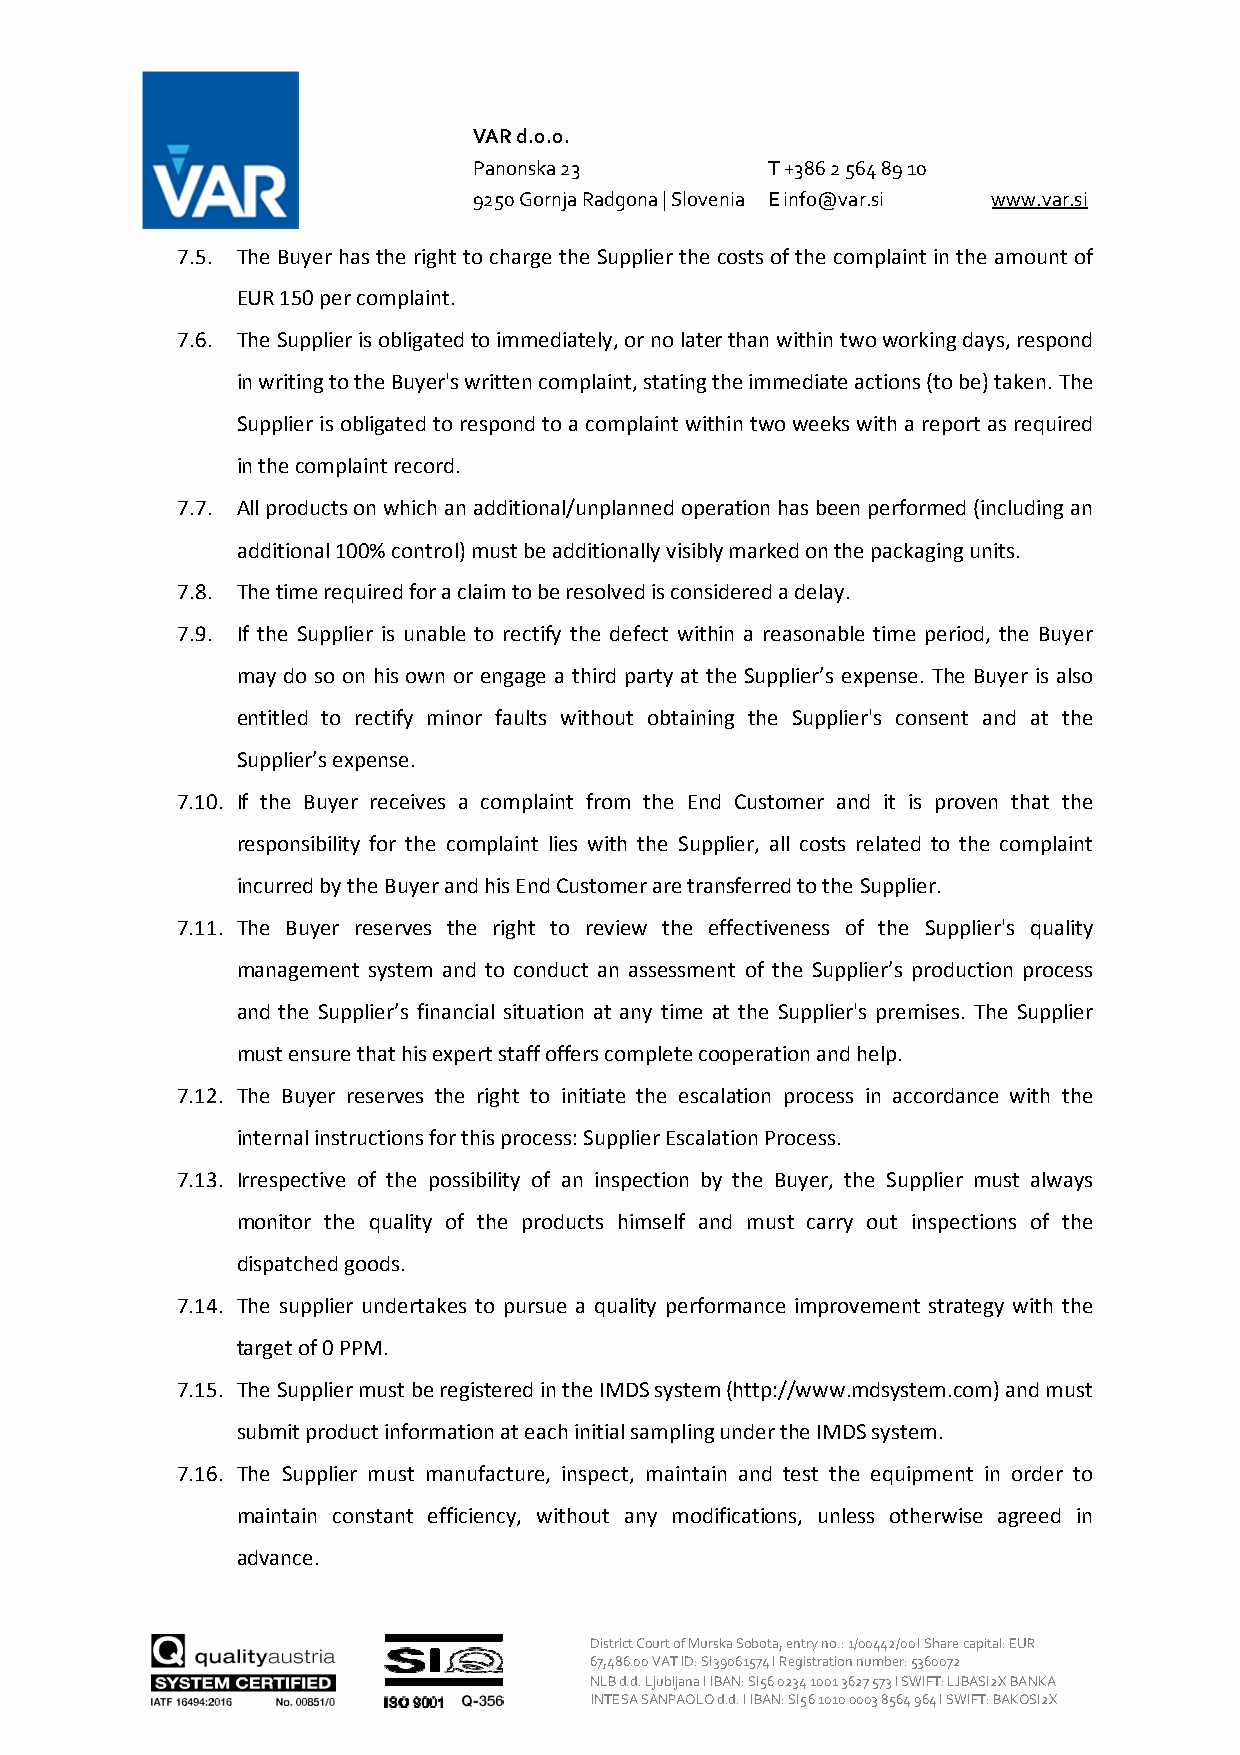
VAR d.o.o.
 Panonska 23         T +386 2 564 89 10
 9250 Gornja Radgona | Slovenia E info@var.si www.var.si
 7.5. The Buyer has the right to charge the Supplier the costs of the complaint in the amount of
 EUR 150 per complaint.
 7.6. The Supplier is obligated to immediately, or no later than within two working days, respond
 in writing to the Buyer's written complaint, stating the immediate actions (to be) taken. The
 Supplier is obligated to respond to a complaint within two weeks with a report as required
 in the complaint record.
 7.7. All products on which an additional/unplanned operation has been performed (including an
 additional 100% control) must be additionally visibly marked on the packaging units.
 7.8. The time required for a claim to be resolved is considered a delay.
 7.9. If the Supplier is unable to rectify the defect within a reasonable time period, the Buyer
 may do so on his own or engage a third party at the Supplier’s expense. The Buyer is also
 entitled to rectify minor faults without obtaining the Supplier's consent and at the
 Supplier’s expense.
 7.10. If the Buyer receives a complaint from the End Customer and it is proven that the
 responsibility for the complaint lies with the Supplier, all costs related to the complaint
 incurred by the Buyer and his End Customer are transferred to the Supplier.
 7.11. The Buyer reserves the right to review the effectiveness of the Supplier's quality
 management system and to conduct an assessment of the Supplier’s production process
 and the Supplier’s financial situation at any time at the Supplier's premises. The Supplier
 must ensure that his expert staff offers complete cooperation and help.
 7.12. The Buyer reserves the right to initiate the escalation process in accordance with the
 internal instructions for this process: Supplier Escalation Process.
 7.13. Irrespective of the possibility of an inspection by the Buyer, the Supplier must always
 monitor the quality of the products himself and must carry out inspections of the
 dispatched goods.
 7.14. The supplier undertakes to pursue a quality performance improvement strategy with the
 target of 0 PPM.
 7.15. The Supplier must be registered in the IMDS system (http://www.mdsystem.com) and must
 submit product information at each initial sampling under the IMDS system.
 7.16. The Supplier must manufacture, inspect, maintain and test the equipment in order to
 maintain constant efficiency, without any modifications, unless otherwise agreed in
 advance.
 District Court of Murska Sobota, entry no.: 1/00442/00 I Share capital: EUR
 67,486.00 VAT ID: SI39061574 I Registration number: 5360072
 NLB d.d. Ljubljana I IBAN: SI56 0234 1001 3627 573 I SWIFT: LJBASI2X BANKA
 INTESA SANPAOLO d.d. I IBAN: SI56 1010 0003 8564 964 I SWIFT: BAKOSI2X